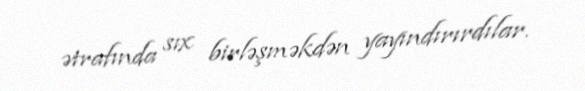
ətrafında sıx birləşməkdən yayındırırdılar.